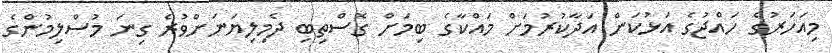
މިއަހަރުގެ ހައްޖުގެ އަޅުކަން އަދާކުރުމަށް މައްކާގެ ބިމަށް ގޮސްތިބި ދެމިލިޔަނަށްވުރެ ގިނަ މުސްލިމުންގެ